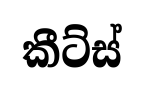
කීට්ස්